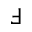
\Finv